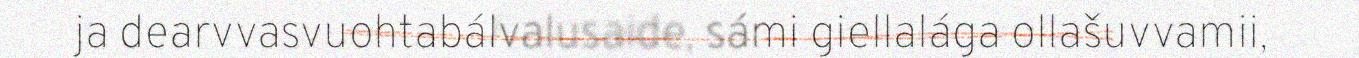
ja dearvvasvuohtabálvalusaide, sámi giellalága ollašuvvamii,